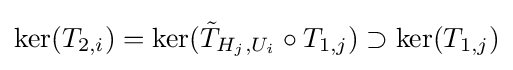
\ker(T_{2,i})=\ker({\tilde {T}}_{H_{j},U_{i}}\circ T_{1,j})\supset \ker(T_{1,j})